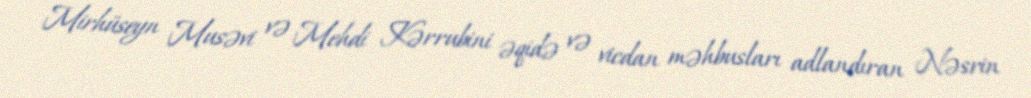
Mirhüseyn Musəvi və Mehdi Kərrubini əqidə və vicdan məhbusları adlandıran Nəsrin